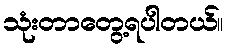
သုံးတာတွေ့ရပါတယ်။